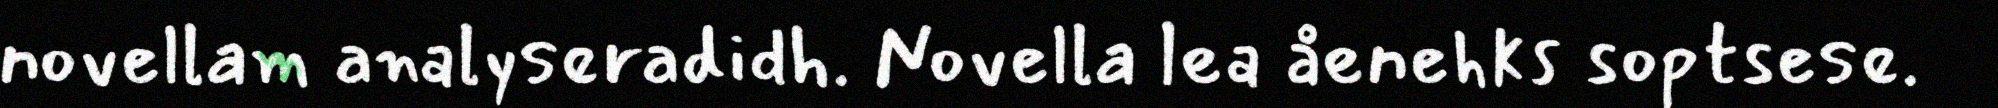
novellam analyseradidh. Novella lea åenehks soptsese.